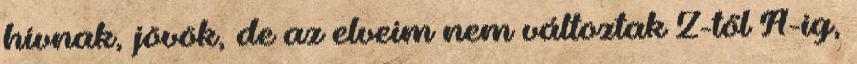
hívnak, jövök, de az elveim nem változtak Z-től A-ig,